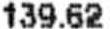
139.62